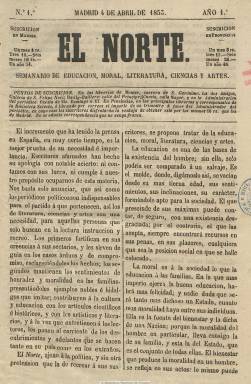
Título: El Norte (Madrid. 1853)
Colección: Revistas de información general
Ámbito geográfico: Madrid
Lugar de publicación: Madrid
Fechas: 04/04/1853-06/06/1853

Con el subtítulo “semanario de educación, moral, literatura, ciencias y artes” aparece el cuatro de abril de 1853. Sus entregas son de dieciséis páginas, compuesto a dos columnas y estampado en la imprenta de J. Villeti y, posteriormente, en la de Felipa Martín. Se dice ajeno a la política y con el objetivo de recrear e instruir, e inserta artículos de variada temática (empezando por uno dedicado al origen de los periódicos), como economía política, historia, literatura o moral. También da cabida a textos de creación literaria, tanto en prosa como en verso, con baladas, epigramas o textos dramáticos, así como semblanzas, variedades, anécdotas y una crónica teatral. Con motivo de conmemorar el 2 de mayo de 1808 inserta un grabado. Entre las firmas de sus textos aparecen las de Fernando Garrido, J. Tomás Martínez Vara de Rey, Francisco Orgaz y Felipe Trigo Gálvez. Según Hartzenbusch, seguía publicándose en septiembre de 1854. El último número de la colección de la BNE es el 9, correspondiente al seis de junio de ese mismo año 1853, en el que anuncia la aparición de un suplemento de educación dedicado a los profesores de instrucción pública con el título Suplemento a El norte, que también forma parte de la colección de la BNE.